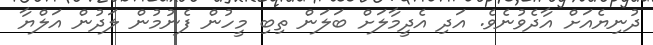
ދުނިޔެއަށް އާދެވުނެވެ. އަދި އެދީމާލަށް ބަލަން ތިބި މީހުން ފެނުމުން ލަދުން އަލްޔާ